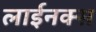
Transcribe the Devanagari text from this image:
लाईनक्स